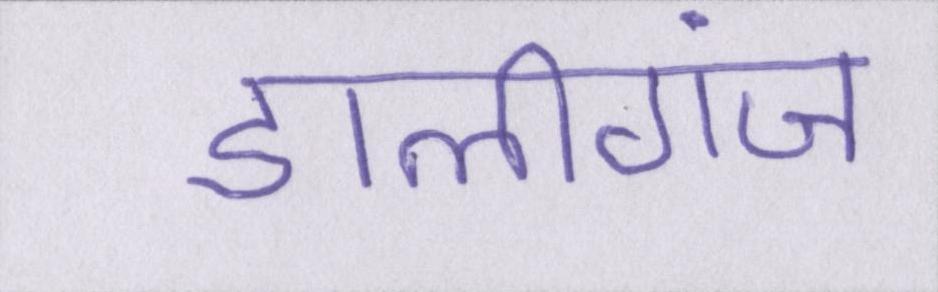
डालीगंज